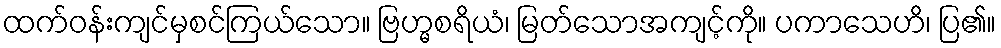
ထက်ဝန်းကျင်မှစင်ကြယ်သော။ ဗြဟ္မစရိယံ၊ မြတ်သောအကျင့်ကို။ ပကာသေဟိ၊ ပြ၏။